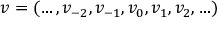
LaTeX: v = ( \ldots , v _ { - 2 } , v _ { - 1 } , v _ { 0 } , v _ { 1 } , v _ { 2 } , \ldots )